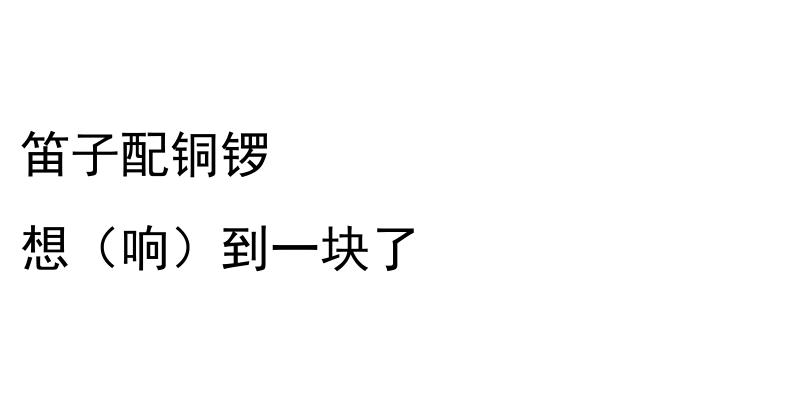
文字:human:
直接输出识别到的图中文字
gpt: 笛子配铜锣 想（响）到一块了